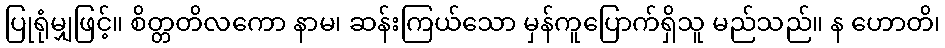
ပြုရုံမျှဖြင့်။ စိတ္တတိလကော နာမ၊ ဆန်းကြယ်သော မှန်ကူပြောက်ရှိသူ မည်သည်။ န ဟောတိ၊